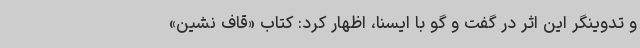
و تدوینگر این اثر در گفت و گو با ایسنا، اظهار کرد: کتاب «قاف نشین»